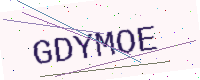
Text: GDYMOE